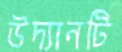
উদ্যানটি